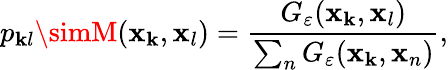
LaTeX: p_{\mathbf{k}l}\simM(\mathbf{{x}}_{\mathbf{k}},\mathbf{{x}}_{l})=\frac{{G_{\varepsilon}(\mathbf{{x}}_{\mathbf{k}},\mathbf{{x}}_{l})}}{{\sum_{n}G_{\varepsilon}(\mathbf{{x}}_{\mathbf{k}},\mathbf{{x}}_{n})}},